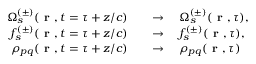
\begin{array} { r l } { \Omega _ { s } ^ { ( \pm ) } ( \textbf { r } , t = \tau + z / c ) \quad } & { \to \quad \Omega _ { s } ^ { ( \pm ) } ( \textbf { r } , \tau ) , } \\ { f _ { s } ^ { ( \pm ) } ( \textbf { r } , t = \tau + z / c ) \quad } & { \to \quad f _ { s } ^ { ( \pm ) } ( \textbf { r } , \tau ) , } \\ { \rho _ { p q } ( \textbf { r } , t = \tau + z / c ) \quad } & { \to \quad \rho _ { p q } ( \textbf { r } , \tau ) } \end{array}